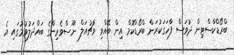
ބްރޯޑްކާސްޓިން ދުވަސް ފާހަގަކުރަން ބްރޯޑްކޮމް އިން ބޭއްވި ވާޗުއަލް ނޫސްވެރިންގެ ބައްދަލުވުމުގައި އެ